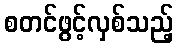
စတင်ဖွင့်လှစ်သည့်